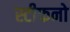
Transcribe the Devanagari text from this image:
स्टीफनो